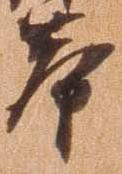
挙